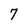
Character: 7